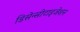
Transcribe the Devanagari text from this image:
डिसेन्सीटाइजेशन